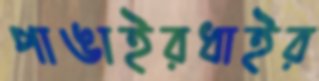
পাঙাইরধাইর